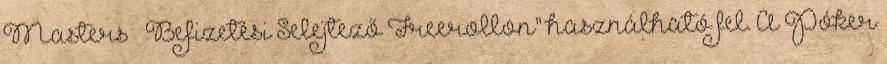
Masters – Befizetési Selejtező Freerollon" használható fel. A Póker